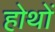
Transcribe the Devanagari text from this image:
होथों